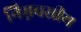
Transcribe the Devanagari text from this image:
निम्नवसीय